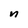
Character: n